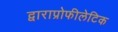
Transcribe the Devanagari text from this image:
द्वाराप्रोफीलेटिक